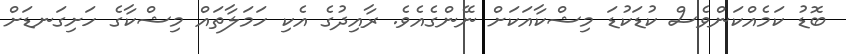
ބޮޑު ކަމެއްކަންވެސް ކުޑަކުޑަ މިޝްކާއަކަށް ނޭންގެއެވެ. ރާއިދުގެ އެކި ހަމަލާތައް މިޝްކާގެ ހަށިގަނޑަށް